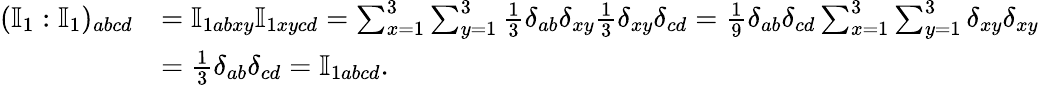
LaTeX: \begin{array}{rl}{(\mathbb{I}_{1}:\mathbb{I}_{1})_{abcd}}&{=\mathbb{I}_{1abxy}\mathbb{I}_{1xycd}=\sum_{x=1}^{3}\sum_{y=1}^{3}\frac{1}{3}\delta_{ab}\delta_{xy}\frac{1}{3}\delta_{xy}\delta_{cd}=\frac{1}{9}\delta_{ab}\delta_{cd}\sum_{x=1}^{3}\sum_{y=1}^{3}\delta_{xy}\delta_{xy}}\\ &{=\frac{1}{3}\delta_{ab}\delta_{cd}=\mathbb{I}_{1abcd}.}\end{array}